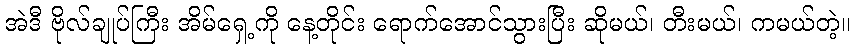
အဲဒီ ဗိုလ်ချုပ်ကြီး အိမ်ရှေ့ကို နေ့တိုင်း ရောက်အောင်သွားပြီး ဆိုမယ်၊ တီးမယ်၊ ကမယ်တဲ့။